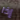
إذا